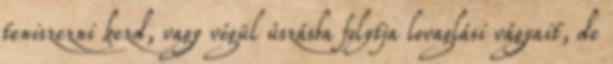
teniszezni kezd, vagy végül úszásba folytja lovaglási vágyait, de